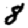
Digit: 8